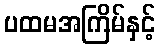
ပထမအကြိမ်နှင့်